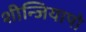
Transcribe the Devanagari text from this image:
शीन्जियापो